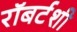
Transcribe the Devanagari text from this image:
रॉबर्टशी